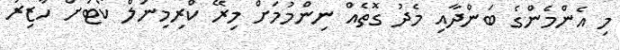
މި އެންމެންގެ ބަންދާއި މެދު ގޮތެއް ނިންމުމަށް މިރޭ ކްރިމިނަލް ކޯޓަށް ހާޒިރު